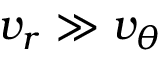
v _ { r } \gg v _ { \theta }